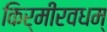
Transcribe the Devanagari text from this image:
किर्मीरवधम्